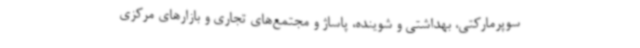
سوپرمارکتی، بهداشتی و شوینده، پاساژ و مجتمع‌های تجاری و بازارهای مرکزی